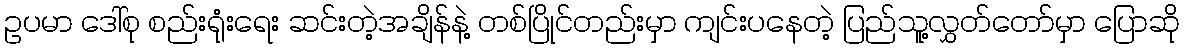
ဥပမာ ဒေါ်စု စည်းရုံးရေး ဆင်းတဲ့အချိန်နဲ့ တစ်ပြိုင်တည်းမှာ ကျင်းပနေတဲ့ ပြည်သူ့လွှတ်တော်မှာ ပြောဆို